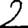
Digit: 2